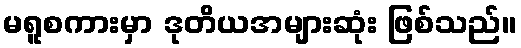
မရူစကားမှာ ဒုတိယအများဆုံး ဖြစ်သည်။